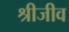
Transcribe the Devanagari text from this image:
श्रीजीव